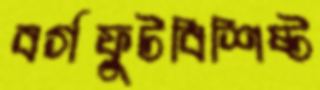
বর্গফুটবিশিষ্ট